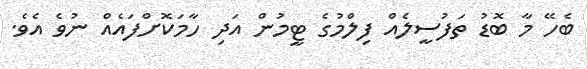
ބެހޭ މާ ބޮޑު ތަފުސީލެއް ފިލްމުގެ ޓީމުން އަދި ހާމަކޮށްފައެއް ނުވެ އެވެ.